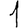
Digit: 1